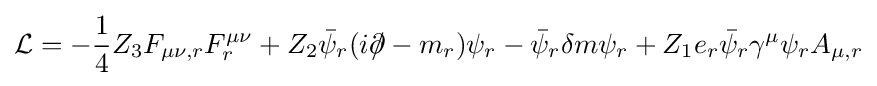
{\mathcal {L}}=-{\frac {1}{4}}Z_{3}F_{\mu \nu ,r}F_{r}^{\mu \nu }+Z_{2}{\bar {\psi }}_{r}(i\partial \!\!\!/-m_{r})\psi _{r}-{\bar {\psi }}_{r}\delta m\psi _{r}+Z_{1}e_{r}{\bar {\psi }}_{r}\gamma ^{\mu }\psi _{r}A_{\mu ,r}